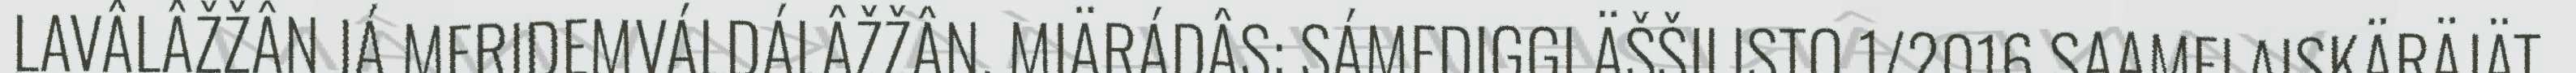
LAVÂLÂŽŽÂN JÁ MERIDEMVÁLDÁLÂŽŽÂN. MIÄRÁDÂS: SÁMEDIGGI ÄŠŠILISTO 1/2016 SAAMELAISKÄRÄJÄT